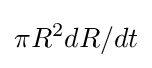
\pi R^{2}dR/dt